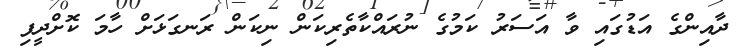
ދާއިންގެ އަޑުގައި ވާ އަސަރު ކަމުގެ ނުރައްކާތެރިކަން ނިކަން ރަނގަޅަށް ހާމަ ކޮށްދީފި